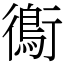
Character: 鵆